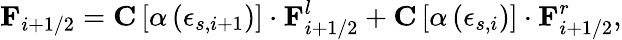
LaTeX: \textbf{F}_{i+1/2}=\textbf{C}\left[\alpha\left(\epsilon_{s,i+1}\right)\right]\cdot\textbf{F}_{i+1/2}^{l}+\textbf{C}\left[\alpha\left(\epsilon_{s,i}\right)\right]\cdot\textbf{F}_{i+1/2}^{r},